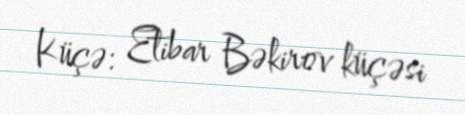
Küçə: Etibar Bəkirov küçəsi